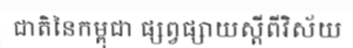
ជាតិនៃកម្ពុជា ផ្សព្វផ្សាយស្តីពីវិស័យ